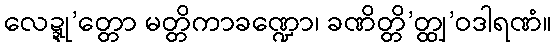
လေဍ္ဍု’တ္တော မတ္တိကာခဏ္ဍော၊ ခဏိတ္တိ’တ္ထျ’ဝဒါရဏံ။